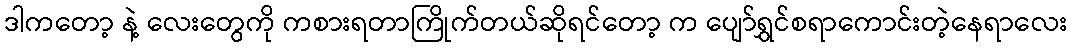
ဒါကတော့ နဲ့ လေးတွေကို ကစားရတာကြိုက်တယ်ဆိုရင်တော့ က ပျော်ရွှင်စရာကောင်းတဲ့နေရာလေး